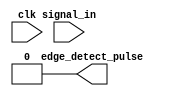
module edge_detector #(
    parameter WIDTH = 1
)(
    input clk,
    input [WIDTH-1:0] signal_in,
    output [WIDTH-1:0] edge_detect_pulse
);
    // TODO: implement a multi-bit edge detector that detects a rising edge of 'signal_in[x]'
    // and outputs a one-cycle pulse 'edge_detect_pulse[x]' at the next clock edge

    // Remove this line once you create your edge detector
    assign edge_detect_pulse = 0;
endmodule